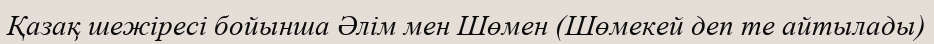
Қазақ шежіресі бойынша Әлім мен Шөмен (Шөмекей деп те айтылады)